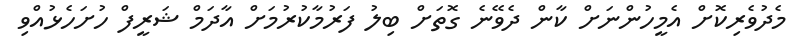
މެދުވެރިކޮށް އެމީހުންނަށް ކާން ދެވޭނެ ގޮތަށް ބިލު ފަރުމާކުރުމަށް އާދަމް ޝަރީފް ހުށަހެޅުއްވި